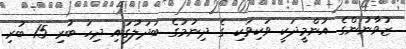
ޒުވާނުންގެ އުންމީދަކީ ވަކިވަކި ގެ ދިނުމުގެ ބަދަލުގައި ދިހަ ބުރި 15 ބުރި